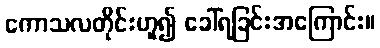
ကောသလတိုင်းဟူ၍ ခေါ်ရခြင်းအကြောင်း။